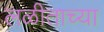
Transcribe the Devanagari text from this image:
लळीताच्या